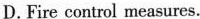
D.Fire control measures.